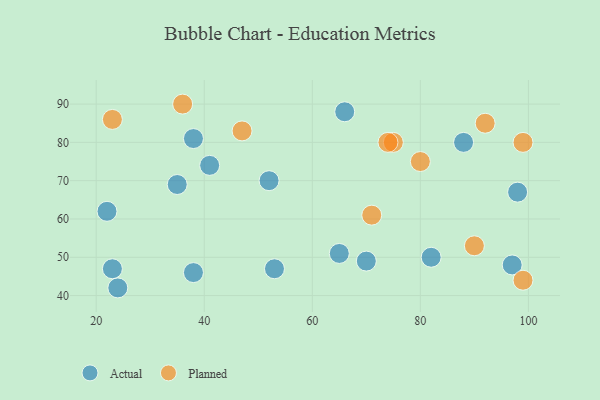
{"axis": {"x": "GDP", "y": "Life Expectancy"}, "legend": ["Actual", "Planned"], "data": [{"x": "66", "y": 88, "type": "Actual"}, {"x": "22", "y": 62, "type": "Actual"}, {"x": "88", "y": 80, "type": "Actual"}, {"x": "23", "y": 47, "type": "Actual"}, {"x": "82", "y": 50, "type": "Actual"}, {"x": "52", "y": 70, "type": "Actual"}, {"x": "97", "y": 48, "type": "Actual"}, {"x": "35", "y": 69, "type": "Actual"}, {"x": "98", "y": 67, "type": "Actual"}, {"x": "24", "y": 42, "type": "Actual"}, {"x": "65", "y": 51, "type": "Actual"}, {"x": "53", "y": 47, "type": "Actual"}, {"x": "41", "y": 74, "type": "Actual"}, {"x": "38", "y": 46, "type": "Actual"}, {"x": "70", "y": 49, "type": "Actual"}, {"x": "38", "y": 81, "type": "Actual"}, {"x": "80", "y": 75, "type": "Planned"}, {"x": "90", "y": 53, "type": "Planned"}, {"x": "92", "y": 85, "type": "Planned"}, {"x": "36", "y": 90, "type": "Planned"}, {"x": "23", "y": 86, "type": "Planned"}, {"x": "71", "y": 61, "type": "Planned"}, {"x": "99", "y": 80, "type": "Planned"}, {"x": "75", "y": 80, "type": "Planned"}, {"x": "74", "y": 80, "type": "Planned"}, {"x": "47", "y": 83, "type": "Planned"}, {"x": "99", "y": 44, "type": "Planned"}]}